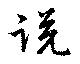
説